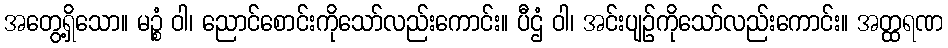
အတွေ့ရှိသော။ မဉ္စံ ဝါ၊ ညောင်စောင်းကိုသော်လည်းကောင်း။ ပီဌံ ဝါ၊ အင်းပျဉ်ကိုသော်လည်းကောင်း။ အတ္ထရဏ